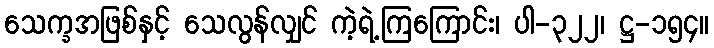
သေက္ခအဖြစ်နှင့် သေလွန်လျှင် ကဲ့ရဲ့ကြကြောင်း၊ ပါ-၃၂၂၊ ဋ္ဌ-၁၅၄။